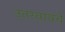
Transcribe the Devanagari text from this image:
उतरवायचे